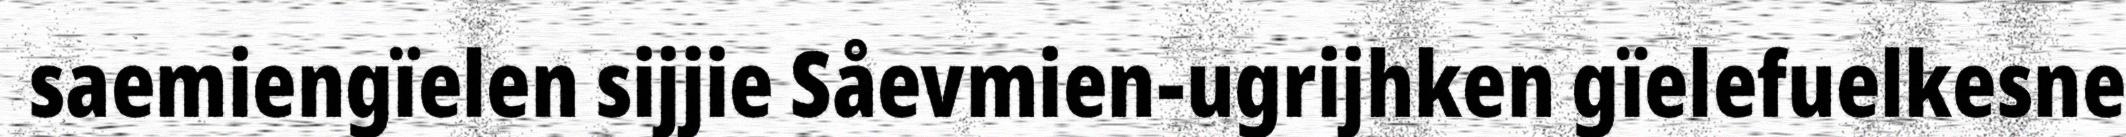
saemiengïelen sijjie Såevmien-ugrijhken gïelefuelkesne